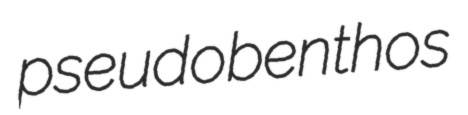
pseudobenthos